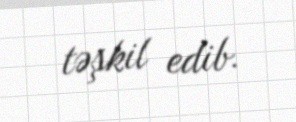
təşkil edib.